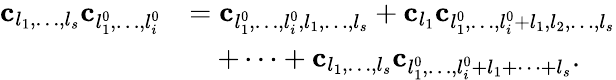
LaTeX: \begin{array}{rl}{\mathbf{c}_{l_{1},\ldots,l_{s}}\mathbf{c}_{l_{1}^{0},\ldots,l_{i}^{0}}}&{=\mathbf{c}_{l_{1}^{0},\ldots,l_{i}^{0},l_{1},\ldots,l_{s}}+\mathbf{c}_{l_{1}}\mathbf{c}_{l_{1}^{0},\ldots,l_{i}^{0}+l_{1},l_{2},\ldots,l_{s}}}\\ &{\quad+\cdots+\mathbf{c}_{l_{1},\ldots,l_{s}}\mathbf{c}_{l_{1}^{0},\ldots,l_{i}^{0}+l_{1}+\cdots+l_{s}}.}\end{array}